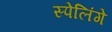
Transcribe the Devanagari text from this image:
स्पेलिंगे